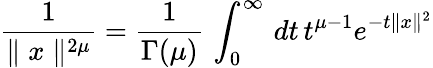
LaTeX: \frac{1}{\parallel x\parallel^{2\mu}}=\frac{1}{\Gamma(\mu)}\, \int_{0}^{\infty}\, dt\, t^{\mu-1}e^{-t\parallel x\parallel^{2}}